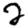
Digit: 2